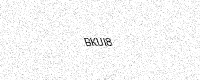
Text: BKUI8